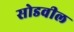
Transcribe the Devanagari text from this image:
सोडवील